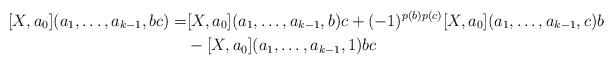
LaTeX: \begin{align*}[X,a_0](a_1, \dots , a_{k-1}, bc) =& [X,a_0](a_1, \dots , a_{k-1}, b)c + (-1)^{p(b)p(c)}[X,a_0](a_1, \dots , a_{k-1}, c)b\\ & - [X,a_0](a_1, \dots , a_{k-1}, 1)bc\end{align*}